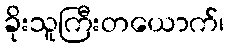
ခိုးသူကြီးတယောက်၊